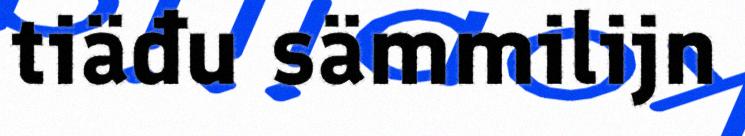
tiäđu sämmilijn